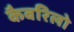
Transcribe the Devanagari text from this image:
कैबरिलो